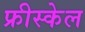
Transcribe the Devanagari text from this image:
फ्रीस्केल